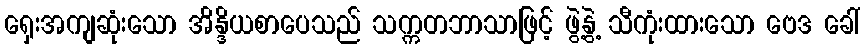
ရှေးအကျဆုံးသော အိန္ဒိယစာပေသည် သက္ကတဘာသာဖြင့် ဖွဲ့နွဲ့ သီကုံးထားသော ဗေဒ ခေါ်